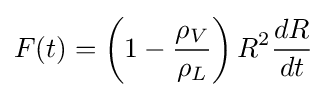
F(t)=\left(1-{\frac {\rho _{V}}{\rho _{L}}}\right)R^{2}{\frac {dR}{dt}}